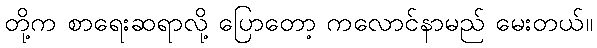
တို့က စာရေးဆရာလို့ ပြောတော့ ကလောင်နာမည် မေးတယ်။